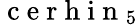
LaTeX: {\mathrm{~c~e~r~h~i~n~}}_{5}